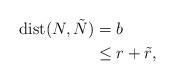
LaTeX: \begin{align*}\mathrm{dist}(N,\tilde{N}) & =b\\& \leq r+\tilde{r},\end{align*}